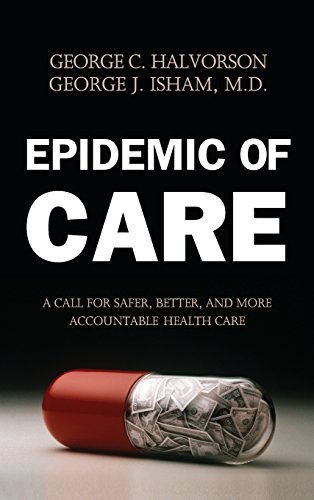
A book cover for Epidemic of Care: A Call for Safer, Better, and More Accountable Health Care; George C. Halvorson; Medical Books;